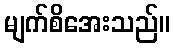
မျက်စိအေးသည်။